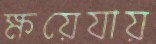
ক্ষয়েযায়